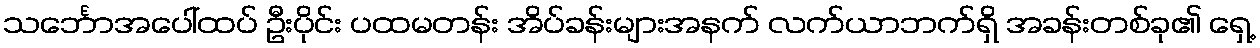
သင်္ဘောအပေါ်ထပ် ဦးပိုင်း ပထမတန်း အိပ်ခန်းများအနက် လက်ယာဘက်ရှိ အခန်းတစ်ခု၏ ရှေ့